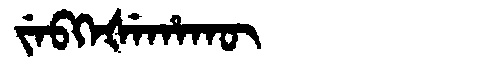
Manchu: ᠵᡝᠪᡴᡝᡧᡝᡥᠠᡴᡡ
Romanization: JEBKEŠEHAKŪ